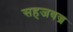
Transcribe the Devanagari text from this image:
सहजवज्र